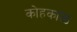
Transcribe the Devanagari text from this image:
कोहकाळ